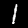
Digit: 1